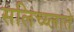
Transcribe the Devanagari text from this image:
सलिच्य्लाते